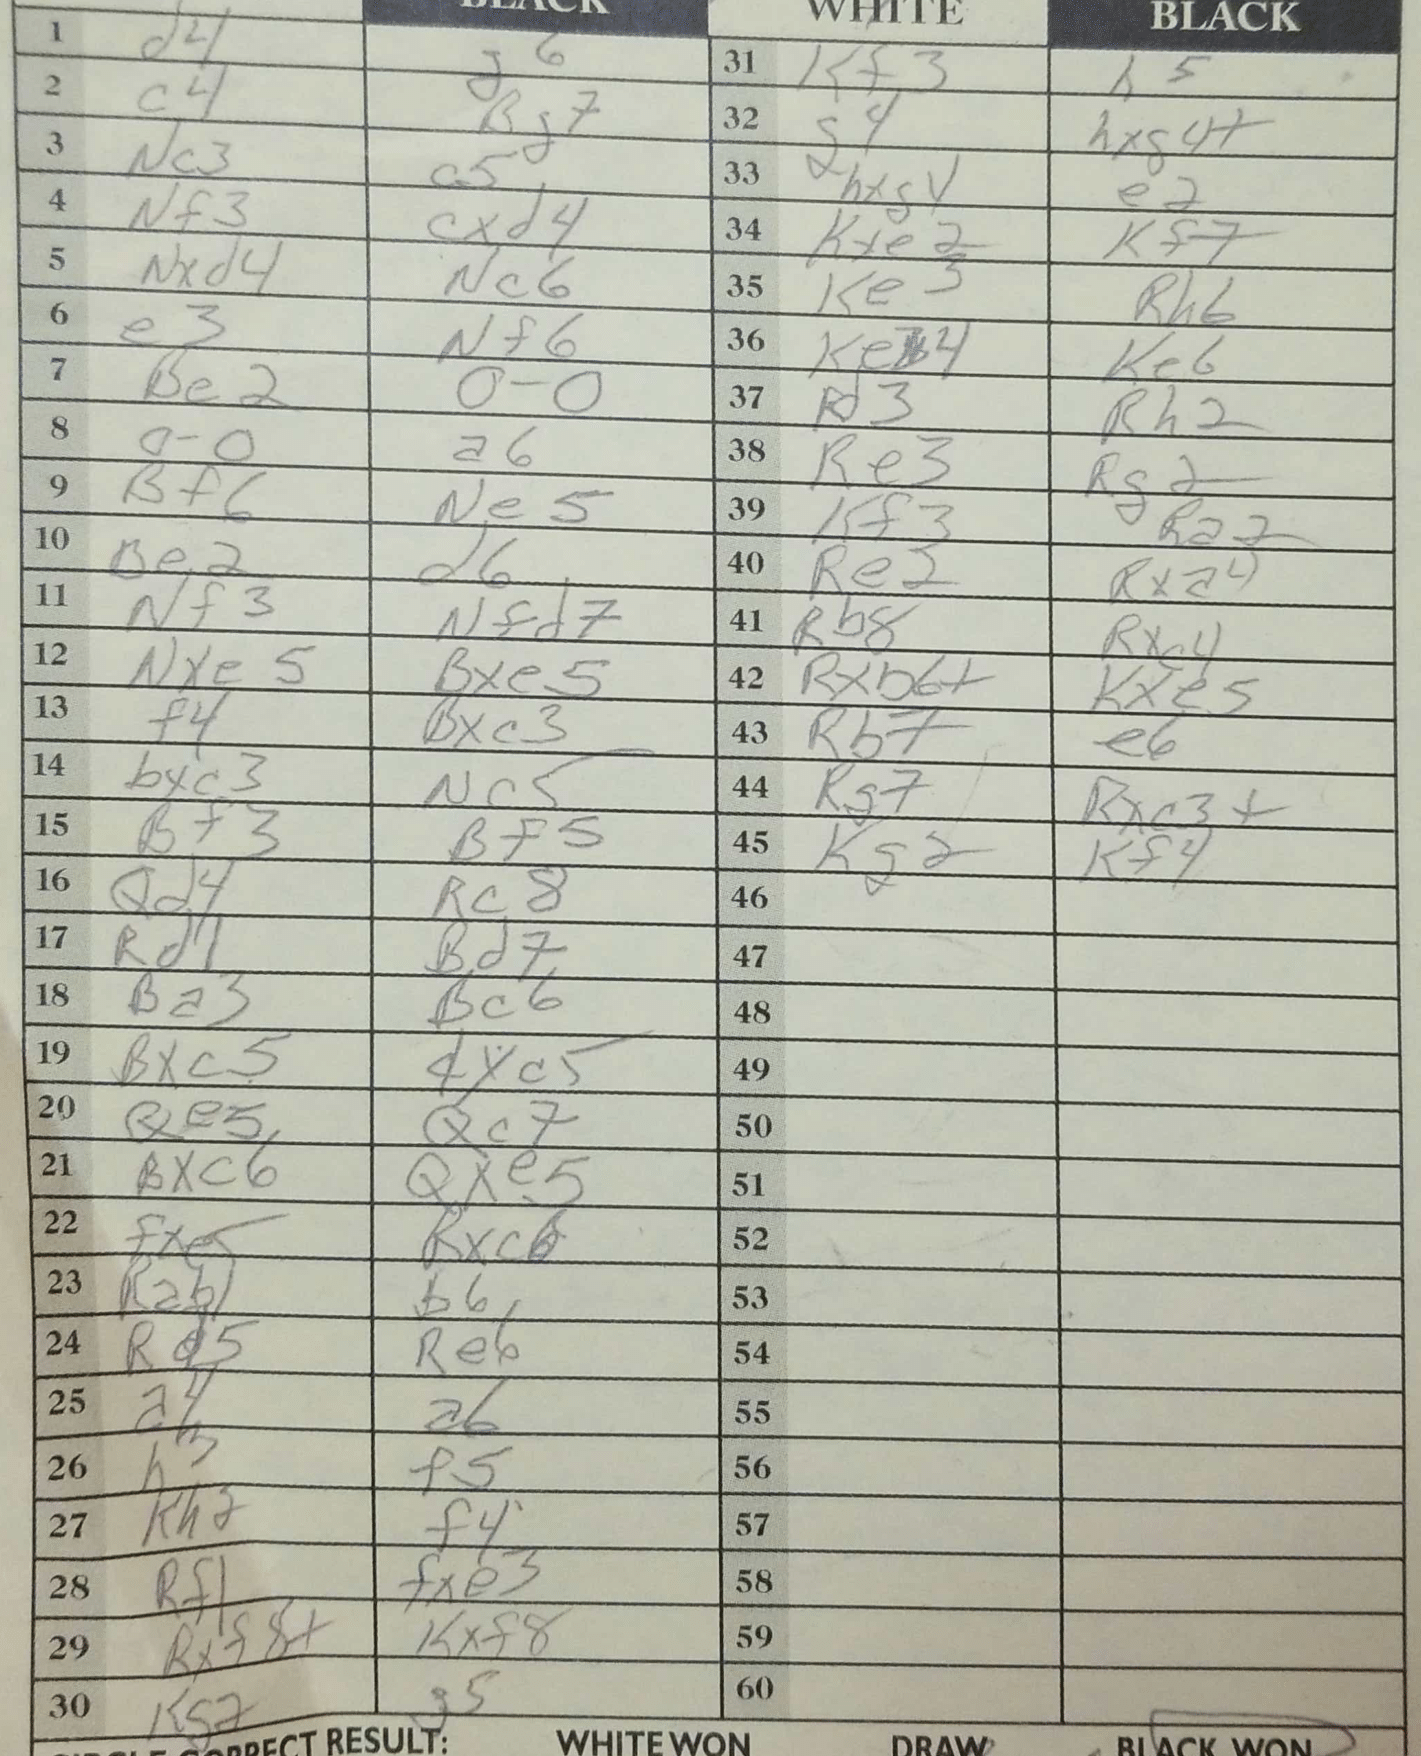
Moves: d4 g6 c4 Bg7 Nc3 a5 Nf3 cxd4 Nxd4 Nc6 e3 Nf6 Be2 O-O O-O a6 Bf6 Ne5 Be2 d6 Nf3 Nfd7 Nxe5 Bxe5 f4 Bxc3 bxc3 Nc5 Bf3 Bf5 Qd4 Rc8 Rd1 Bd7 Ba3 Bc6 Bxc5 dxc5 Qe5 Qc7 Bxc6 Qxe5 fxe5 Rxc6 Rab1 b6 Rd5 Re6 a4 a6 h3 f5 Kh2 f4 Rf1 fxe3 Rxf8+ Kxf8 Kg7 g5 Kf3 h5 g4 hxg4+ hxg4 e2 Kxe2 Kf7 Ke3 Rh6 Keb4 Ke6 Kd3 Rh2 Re3 Rg2 Kf3 Ra2 Re2 Rxa4 Rb8 Rxc4 Rxb6+ Kxe5 Rb7 e6 Rg7 Rxc3+ Kg2 Kf4